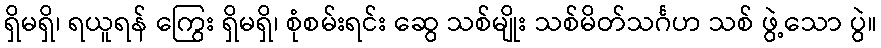
ရှိမရှိ၊ ရယူရန် ကြွေး ရှိမရှိ၊ စုံစမ်းရင်း ဆွေ သစ်မျိုး သစ်မိတ်သင်္ဂဟ သစ် ဖွဲ့သော ပွဲ။